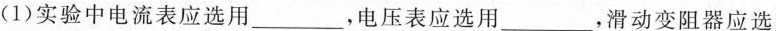
(1)实验中电流表应选用___，电压表应选用___，滑动变阻器应选